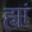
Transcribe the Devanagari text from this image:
ह्यां